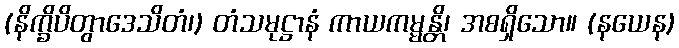
(နိက္ခိပိတွာဒေသိတံ၊) တံသမုဋ္ဌာနံ ကာယကမ္မန္တိ၊ အစရှိသော။ (နယေန)